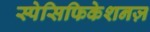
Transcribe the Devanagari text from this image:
स्पेसिफिकेशनज़